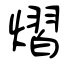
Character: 熠